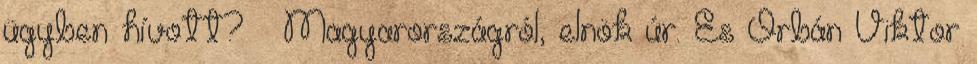
ügyben hívott? – Magyarországról, elnök úr. És Orbán Viktor